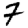
Digit: 7